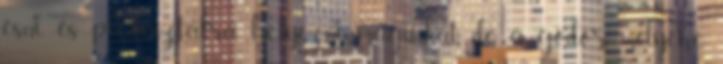
esni és piedesztálra helyezni magunkat, de a gödör mélyére